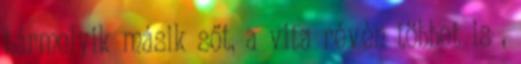
bármelyik másik sőt, a vita révén többet is ,